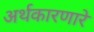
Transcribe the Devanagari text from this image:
अर्थकारणारे